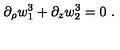
\partial _ { \rho } w _ { 1 } ^ { 3 } + \partial _ { z } w _ { 2 } ^ { 3 } = 0 \ .